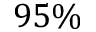
9 5 \%